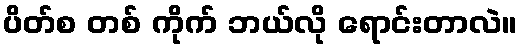
ပိတ်စ တစ် ကိုက် ဘယ်လို ရောင်းတာလဲ။